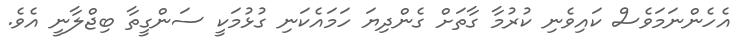
އެހެންނަމަވެސް ކައިވެނި ކުރުމާ ގާތަށް ގެންދިޔަ ހަމައެކަނި ގުޅުމަކީ ސަންގީތާ ބިޖްލާނީ އެވެ.